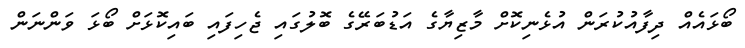
ބޯޅައެއް ދިފާއުކުރަން އުޅެނިކޮށް މާޒިޔާގެ އަޑުބަރޭގެ ބޮލުގައި ޖެހިފައި ބައިކޮޅަށް ބޯޅަ ވަންނަން